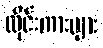
လိုင်းကားများ